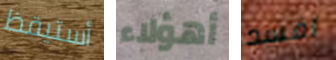
أستيقظ أهؤلاء افسد